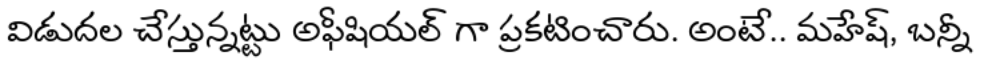
విడుదల చేస్తున్నట్టు అఫీషియల్ గా ప్రకటించారు. అంటే.. మహేష్, బన్నీ